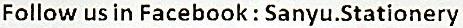
FOLLOW US IN FACEBOOK : SANYU.STATIONERY